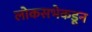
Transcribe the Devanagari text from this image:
लोकसभेकडून